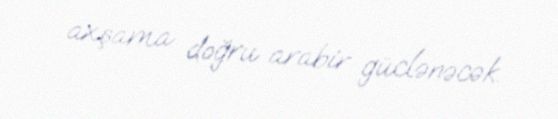
axşama doğru arabir güclənəcək.